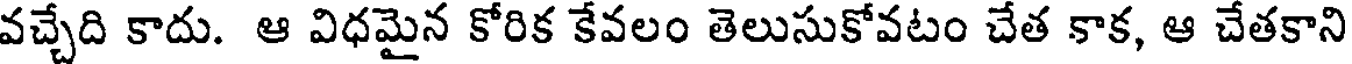
వచ్చేది కాదు. ఆ విధమైన కోరిక కేవలం తెలుసుకోవటం చేత కాక, ఆ చేతకాని